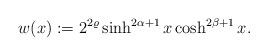
LaTeX: \begin{align*} w(x):=2^{2\varrho}\sinh^{2\alpha+1}x\cosh^{2\beta+1}x.\end{align*}